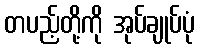
တပည့်တို့ကို အုပ်ချုပ်ပုံ